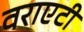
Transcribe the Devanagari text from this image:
वराएटी